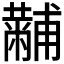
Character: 𤰍